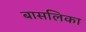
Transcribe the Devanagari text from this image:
बासलिका